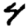
Digit: 4